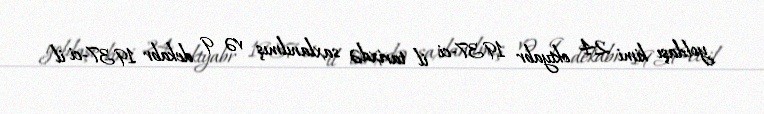
yoldaşı kimi 24 oktyabr 1937-ci il tarixdə saxlanılmış və 9 dekabr 1937-ci il